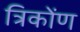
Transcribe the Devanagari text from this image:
त्रिकोंण